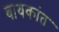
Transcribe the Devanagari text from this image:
बायकांत